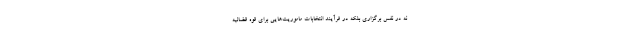
نه در نفس برگزاری بلکه در فرآیند انتخابات ماموریت‌هایی برای قوه قضائیه